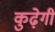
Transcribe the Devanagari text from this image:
कुढ़ेगी